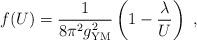
LaTeX: \begin{align*}f(U)={1\over 8\pi^2 g^2_{\rm YM}}\left(1-{ \lambda \over U}\right)\ ,\end{align*}